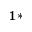
^ { 1 \ast }